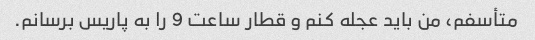
متأسفم، من باید عجله کنم و قطار ساعت 9 را به پاریس برسانم.